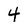
Character: 4